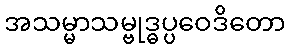
အသမ္မာသမ္ဗုဒ္ဓပ္ပဝေဒိတော